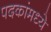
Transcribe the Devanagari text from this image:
पदकांमध्ये